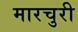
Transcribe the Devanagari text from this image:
मारचुरी